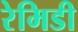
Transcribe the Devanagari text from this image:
रेमिडी